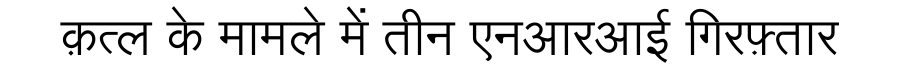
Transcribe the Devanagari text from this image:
क़त्ल के मामले में तीन एनआरआई गिरफ़्तार